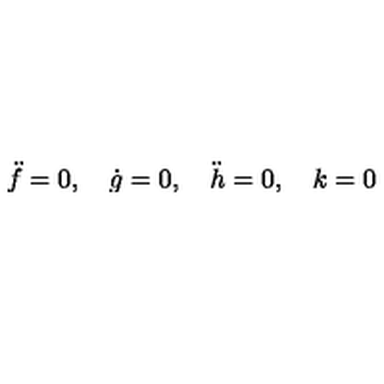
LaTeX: \ddot { f } = 0 , \quad \dot { g } = 0 , \quad \ddot { h } = 0 , \quad k = 0